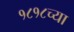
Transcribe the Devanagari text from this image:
१८१८च्या